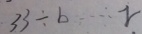
3 3 \div b \cdots r